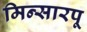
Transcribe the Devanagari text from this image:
मिन्सारपू